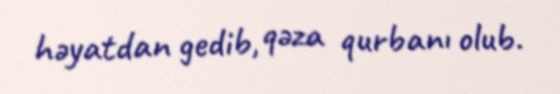
həyatdan gedib, qəza qurbanı olub.